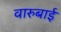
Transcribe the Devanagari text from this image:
वारुबाई